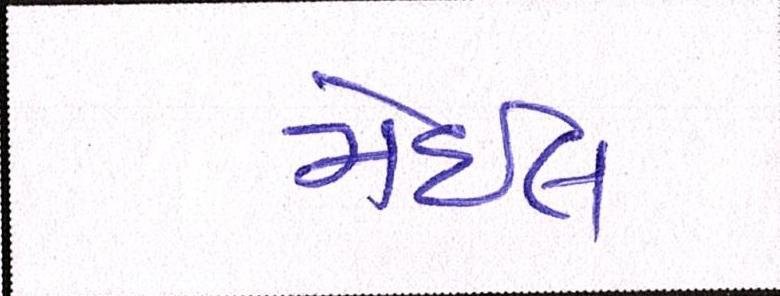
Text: મેઈલ